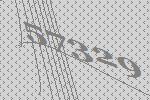
57329